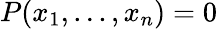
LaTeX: P(x_{1},...,x_{n})=0